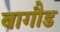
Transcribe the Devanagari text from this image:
बागौड